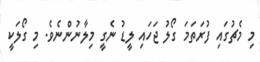
މި މެޗުގައި ފުރަތަމަ ގޯލު ޖަހައި ލީޑު ނެގީ މިލާނުންނެވެ. މި ގޯލަކީ